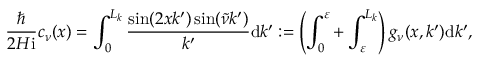
\frac { \hbar } { 2 H \mathrm { i } } c _ { \nu } ( x ) = \int _ { 0 } ^ { L _ { k } } \frac { \sin ( 2 x k ^ { \prime } ) \sin ( \tilde { \nu } k ^ { \prime } ) } { k ^ { \prime } } \mathrm { d } k ^ { \prime } : = \left( \int _ { 0 } ^ { \varepsilon } + \int _ { \varepsilon } ^ { L _ { k } } \right) g _ { \nu } ( x , k ^ { \prime } ) \mathrm { d } k ^ { \prime } ,